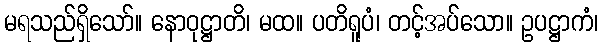
မရသည်ရှိသော်။ နောဝုဋ္ဌာတိ၊ မထ။ ပတိရူပံ၊ တင့်အပ်သော။ ဥပဋ္ဌာကံ၊